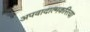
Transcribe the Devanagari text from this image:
अपवादात्मकरित्या